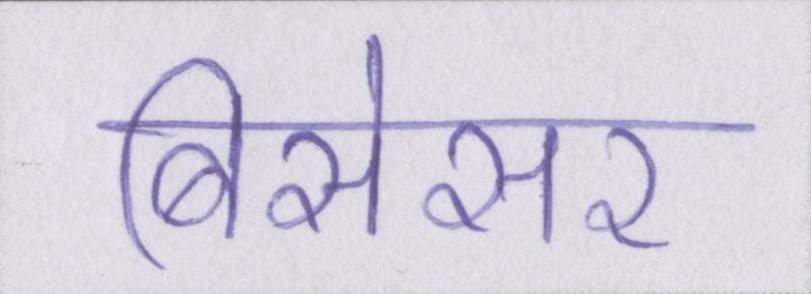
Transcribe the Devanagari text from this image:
बिसेसर